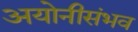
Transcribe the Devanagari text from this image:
अयोनीसंभव